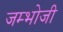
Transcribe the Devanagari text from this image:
जम्भोजी